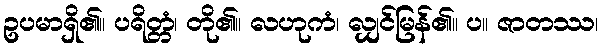
ဥပမာရှိ၏။ ပရိတ္တံ၊ တို၏။ လဟုကံ၊ လျှင်မြန်၏။ ပ။ ဇာတဿ၊